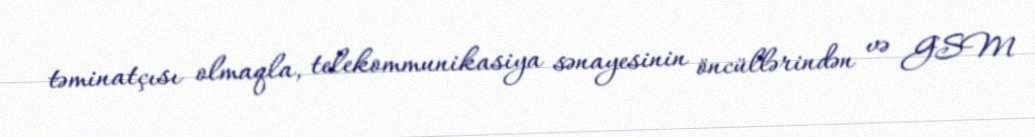
təminatçısı olmaqla, telekommunikasiya sənayesinin öncüllərindən və GSM